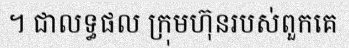
។ ជាលទ្ធផល ក្រុមហ៊ុនរបស់ពួកគេ